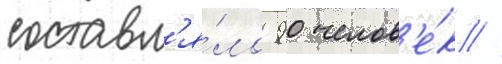
составл'я́ло 90 челов'е́к //